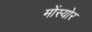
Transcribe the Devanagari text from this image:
मोंस्योर